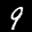
Label: 9